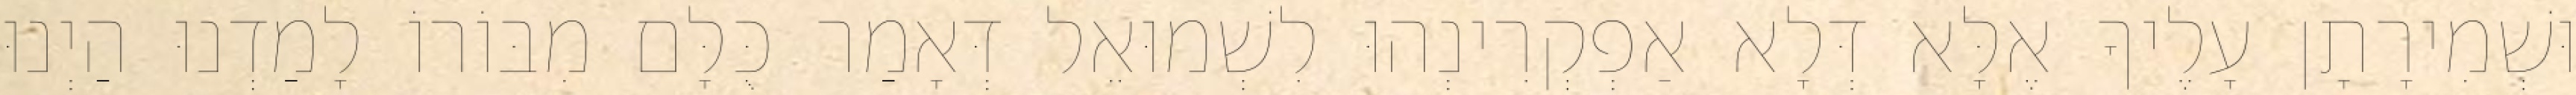
וּשְׁמִירָתָן עָלֶיךָ אֶלָּא דְּלָא אַפְקְרִינְהוּ לִשְׁמוּאֵל דְּאָמַר כֻּלָּם מִבּוֹרוֹ לָמַדְנוּ הַיְנוּ